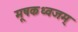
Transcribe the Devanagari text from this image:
मूषकध्वजम्